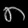
Digit: ၈